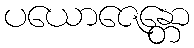
ပယောဇေန္တော